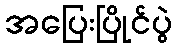
အပြေးပြိုင်ပွဲ